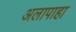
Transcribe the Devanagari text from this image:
अलापाहा